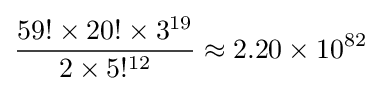
{\frac {59!\times 20!\times 3^{19}}{2\times 5!^{12}}}\approx 2.20\times 10^{82}